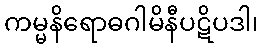
ကမ္မနိရောဓဂါမိနီပဋိပဒါ၊